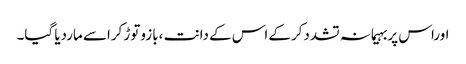
اوراس پربہیمانہ تشددکرکے اس کے دانت ،بازوتوڑ کراسے ماردیا گیا۔